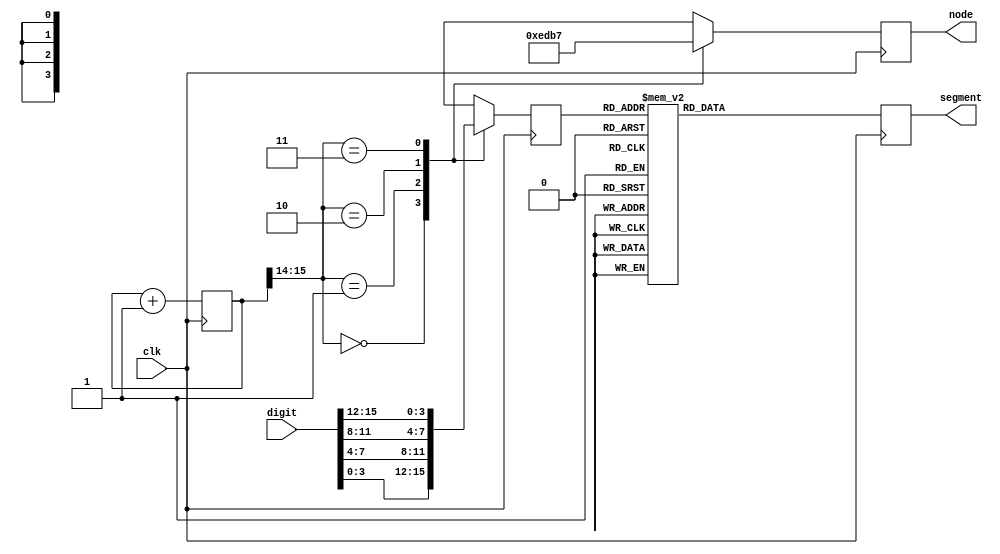
module display_16(
	input wire clk,
	input wire[15:0] digit,
	output reg[3:0] node,
	output reg[7:0] segment);
	
	reg[3:0] code = 4'b0;
	reg[15:0] count = 16'b0;
	
	always @(posedge clk) begin
		case (count[15:14])
			2'b00: begin
				node <= 4'b1110;
				code <= digit[3:0];
			end
			2'b01: begin
				node <= 4'b1101;
				code <= digit[7:4];
			end
			2'b10: begin
				node <= 4'b1011;
				code <= digit[11:8];
			end
			2'b11: begin
				node <= 4'b0111;
				code <= digit[15:12];
			end
		endcase
		case (code)
			4'b0000: segment <= 8'b11000000;
			4'b0001: segment <= 8'b11111001;
			4'b0010: segment <= 8'b10100100;
			4'b0011: segment <= 8'b10110000;
			4'b0100: segment <= 8'b10011001;
			4'b0101: segment <= 8'b10010010;
			4'b0110: segment <= 8'b10000010;
			4'b0111: segment <= 8'b11111000;
			4'b1000: segment <= 8'b10000000;
			4'b1001: segment <= 8'b10010000;
			4'b1010: segment <= 8'b10001000;
			4'b1011: segment <= 8'b10000011;
			4'b1100: segment <= 8'b11000110;
			4'b1101: segment <= 8'b01111111;
			4'b1110: segment <= 8'b10000110;
			4'b1111: segment <= 8'b10001101;
			default: segment <= 8'b00000000;
		endcase
		count <= count + 1;
	end

endmodule